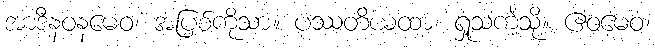
အာဒီနဝနမေဝ၊ အပြစ်ကိုသာ။ ပဿတိယထာ၊ ရှုသကဲ့သို့။ ဧဝမေဝံ၊